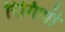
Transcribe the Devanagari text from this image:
रिंगिणी